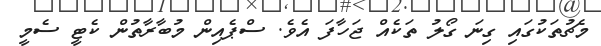
މެޗުތަކުގައި ގިނަ ގޯލު ތަކެއް ޖަހާފަ އެވެ. ސްޕެއިން މުބާރާތުން ކެޓީ ސެމީ